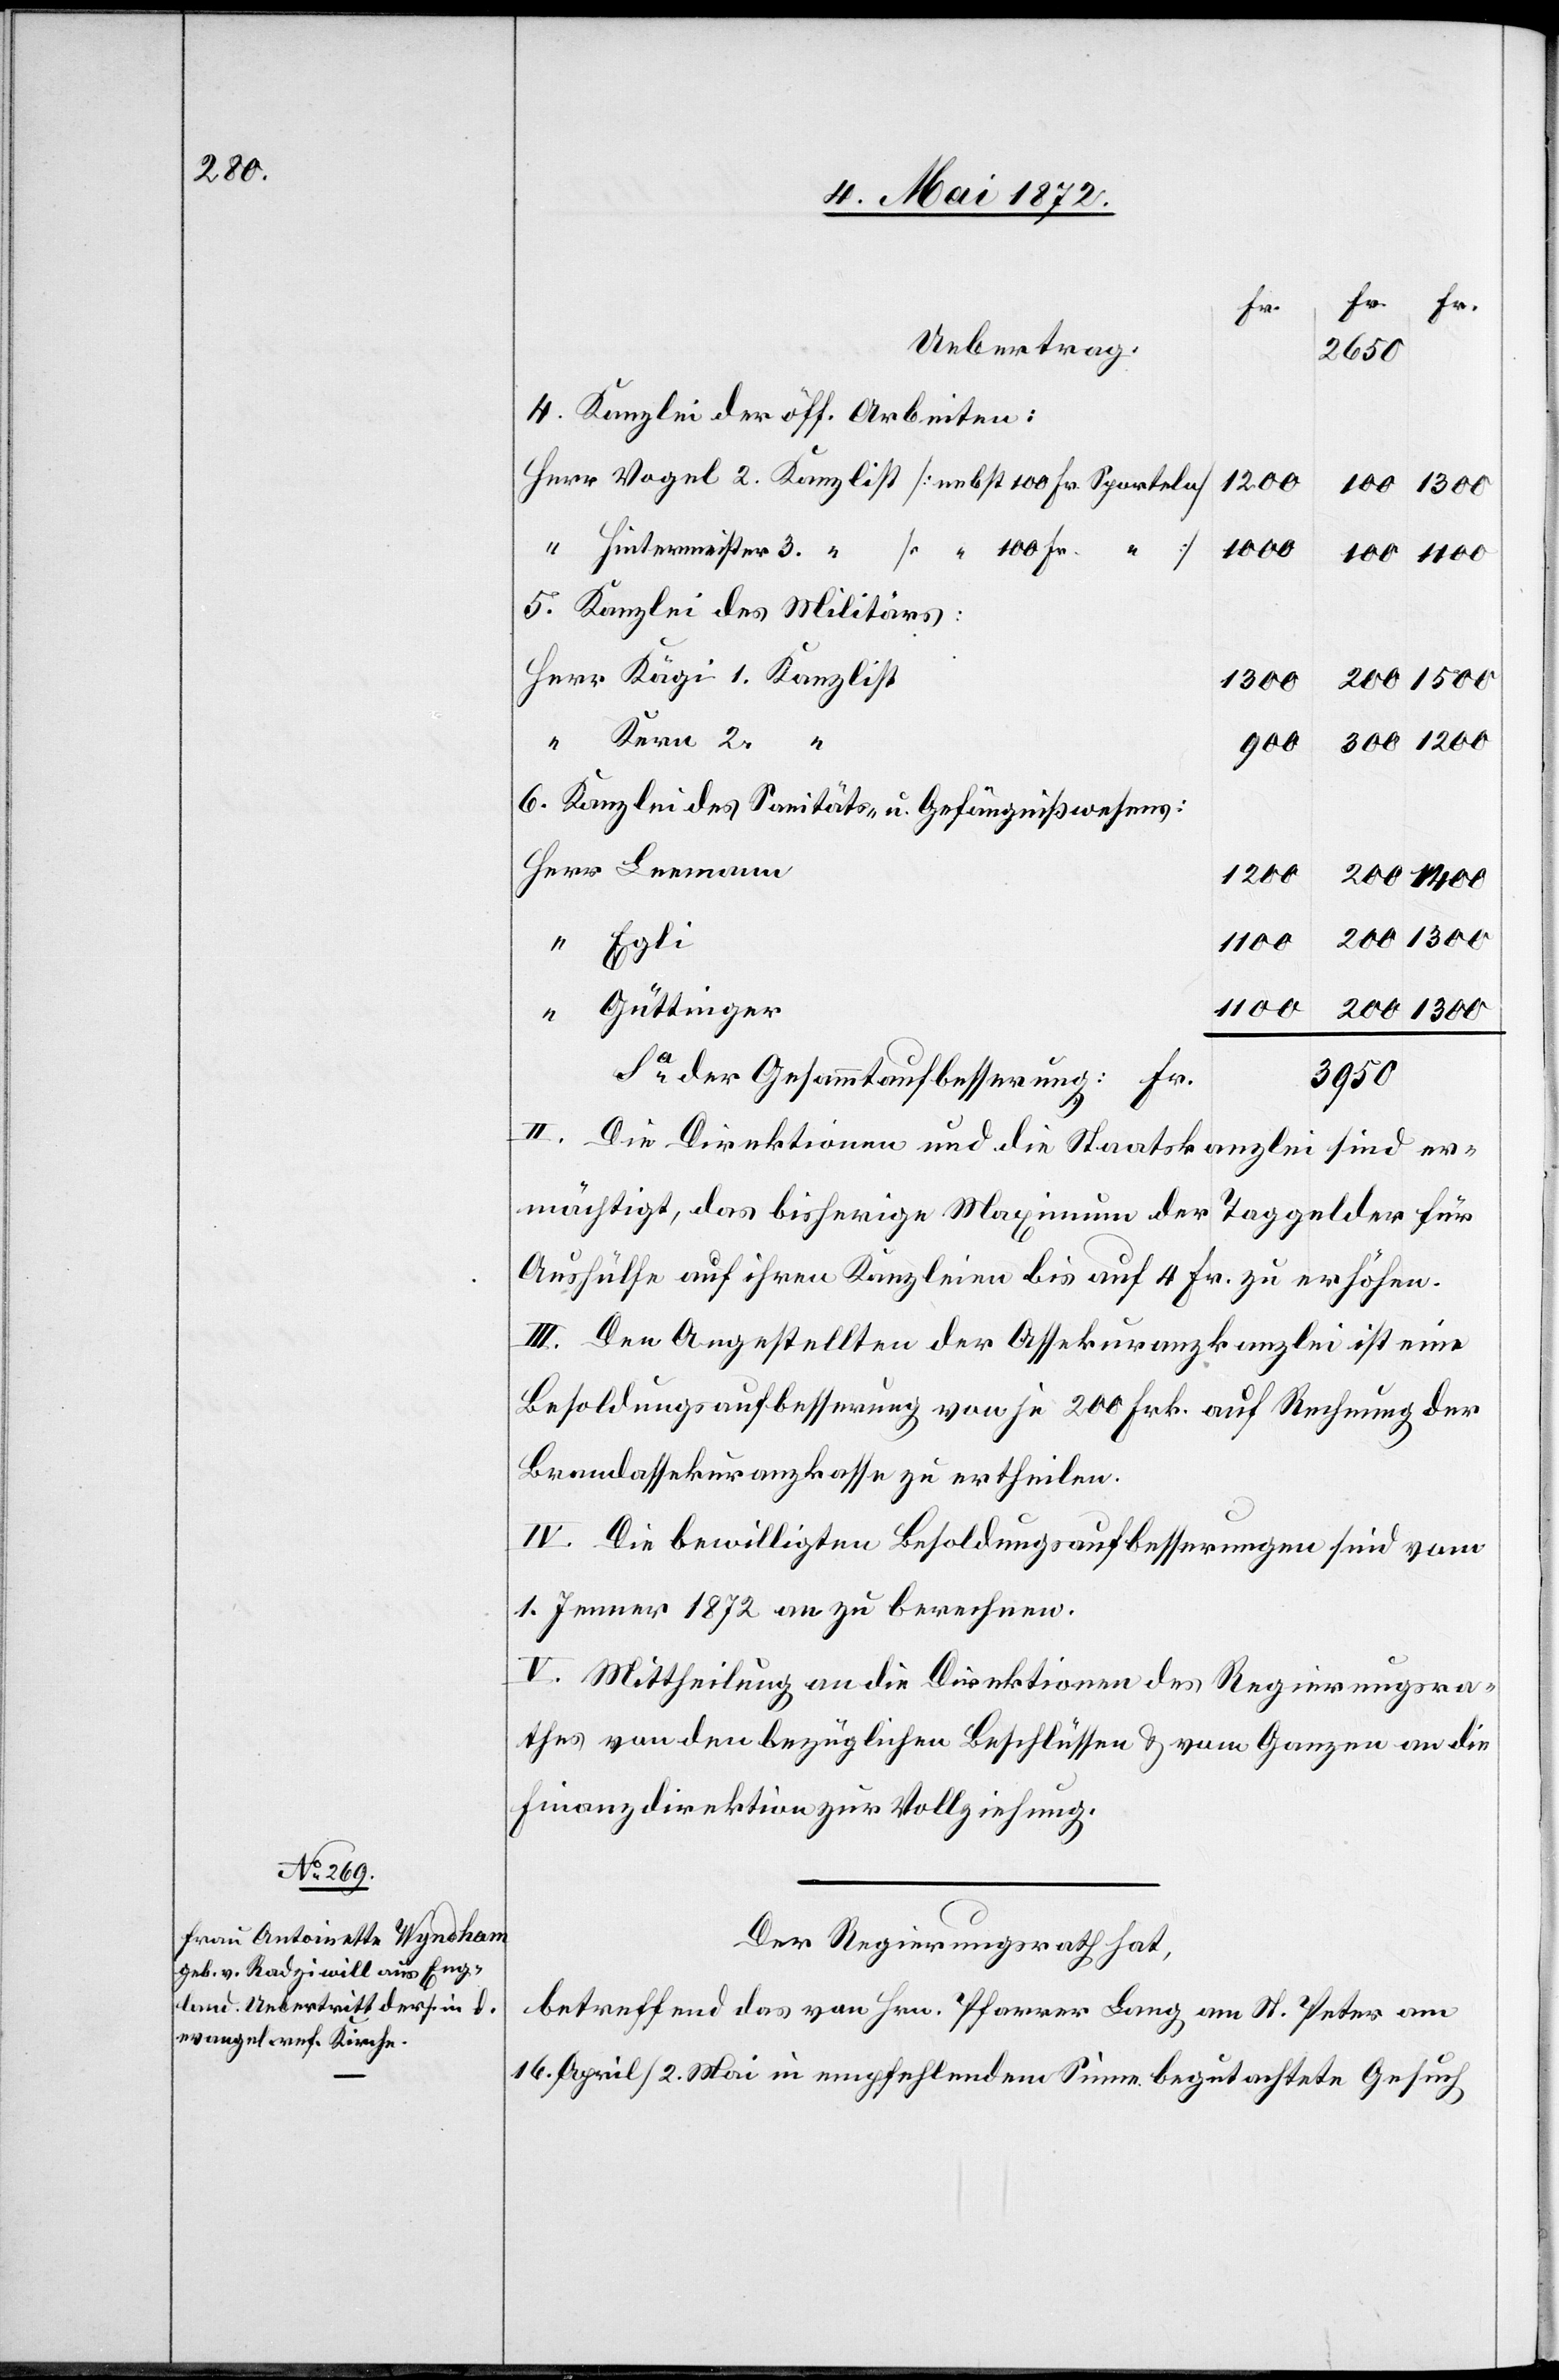
4. Kanzlei der öff. Arbeiten:
Vogel 2. Kanzlist [nebst 100 Fr. Sporteln]
1200
Hintermeister 3. “
1000
[ “ 100 Fr.
2.
5. Kanzlei des Militärs:
1300
200
6. Kanzlei des Sanitäts- u. Gefängnißwesens
1100
Güttinger
Sa der Gesammtaufbesserung: Fr.
3950
II. Die Direktionen und die Staatskanzlei sind er¬
mächtigt, das bisherige Maximum der Taggelder für
Aushülfe auf ihren Kanzleien bis auf 4 Fr. zu erhöhen.
III. Den Angestellten der Assekuranzkanzlei ist eine
Besoldungsaufbesserung von je 200 Frk. auf Rechnung der
Brandassekuranzkasse zu ertheilen.
IV. Die bewilligten Besoldungsaufbesserungen sind vom
1. Jenner 1872 an zu berechnen.
V. Mittheilung an die Direktionen des Regierungsra¬
thes von den bezüglichen Beschlüssen u. vom Ganzen an die
Finanzdirektion zur Vollziehung.
Der Regierungsrath hat,
betreffend das von Hrn. Pfarrer Lang am St. Peter am
16. April/2. Mai in empfehlendem Sinne begutachtete Gesuch